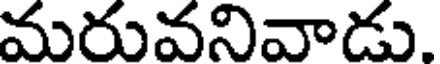
మరువనివాడు.